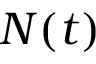
N ( t )